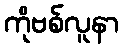
ကိုဗစ်လူနာ